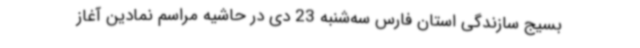
بسیج سازندگی استان فارس سه‌شنبه 23 دی در حاشیه مراسم نمادین آغاز